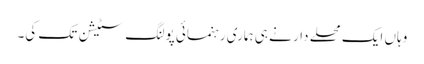
وہاں ایک محلے دار نے ہی ہماری رہنمائی پولنگ سٹیشن تک کی۔